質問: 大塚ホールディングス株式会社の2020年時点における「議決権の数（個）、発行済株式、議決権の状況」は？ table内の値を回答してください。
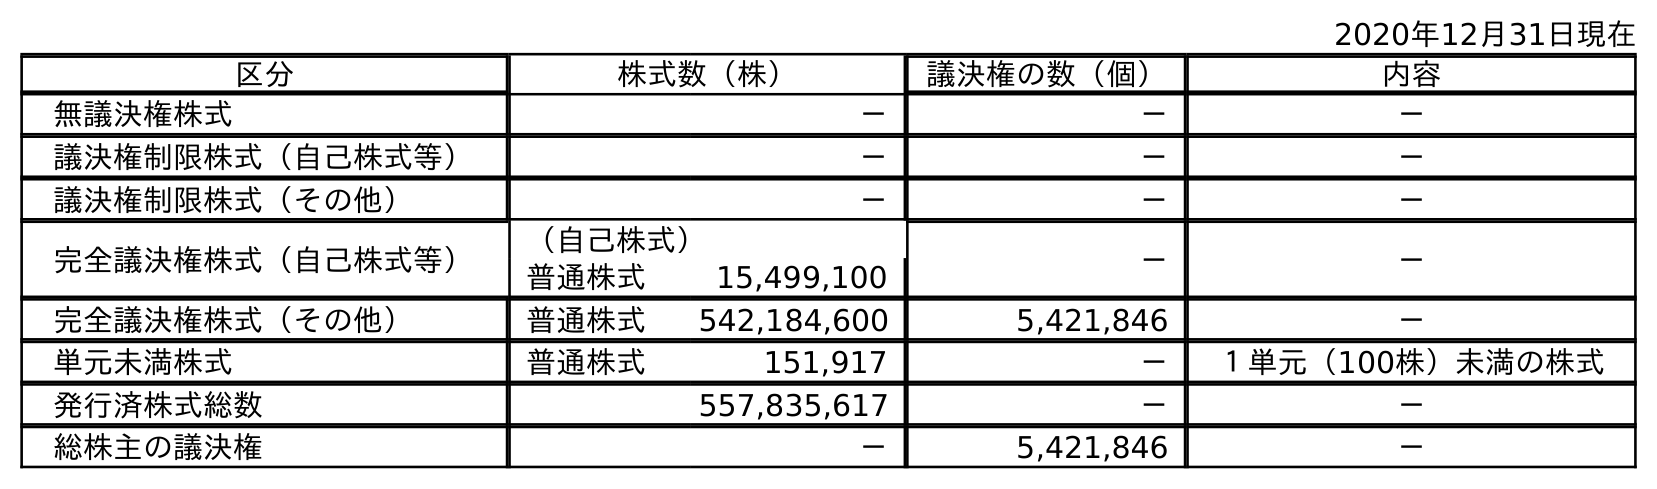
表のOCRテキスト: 2020年12月31日現在 区分 株式数（株） 議決権の数（個） 内容 無議決権株式 － － － 議決権制限株式（自己株式等） － － － 議決権制限株式（その他） － － － 完全議決権株式（自己株式等） （自己株式） － － 普通株式 15,499,100 完全議決権株式（その他） 普通株式 542,184,600 5,421,846 － 単元未満株式 普通株式 151,917 － １単元（100株）未満の株式 発行済株式総数 557,835,617 － － 総株主の議決権 － 5,421,846 －
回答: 5,421,846